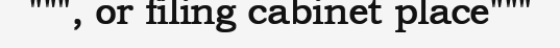
""", or filing cabinet place"""